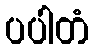
ပပါတံ